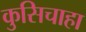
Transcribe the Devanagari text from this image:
कुसिचाहा